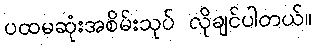
ပထမဆုံးအစိမ်းသုပ် လိုချင်ပါတယ်။